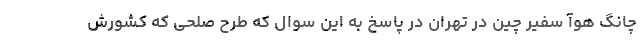
چانگ هوآ سفیر چین در تهران در پاسخ به این سوال که طرح صلحی که کشورش